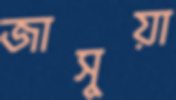
জাসুয়া